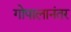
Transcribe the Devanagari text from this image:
गोपालानंतर